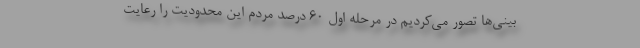
بینی‌ها تصور می‌کردیم در مرحله اول 60 درصد مردم این محدودیت را رعایت